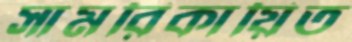
সামরিকায়িত